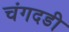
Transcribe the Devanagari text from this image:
चंगदडी